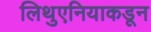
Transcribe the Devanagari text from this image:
लिथुएनियाकडून